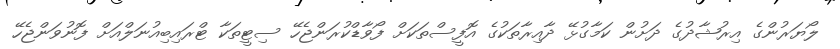
ލޯޔަރުންގެ އިރުޝާދުގެ ދަށުން ކަމާގުޅޭ ދާއިރާތަކުގެ އޮފީސްތަކަށް ފޯވާޑްކުރަންޖެހޭ ސިޓީތަކާ ޓްރައިބިއުނަލްއަށް ފޮނުވަންޖެހޭ